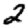
Digit: 2